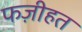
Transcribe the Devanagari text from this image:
फज़ीहत